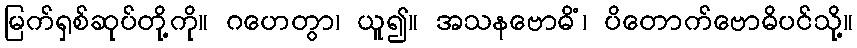
မြက်ရှစ်ဆုပ်တို့ကို။ ဂဟေတွာ၊ ယူ၍။ အသနဗောဓိံ၊ ပိတောက်ဗောဓိပင်သို့။